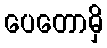
ပေတောမှိ